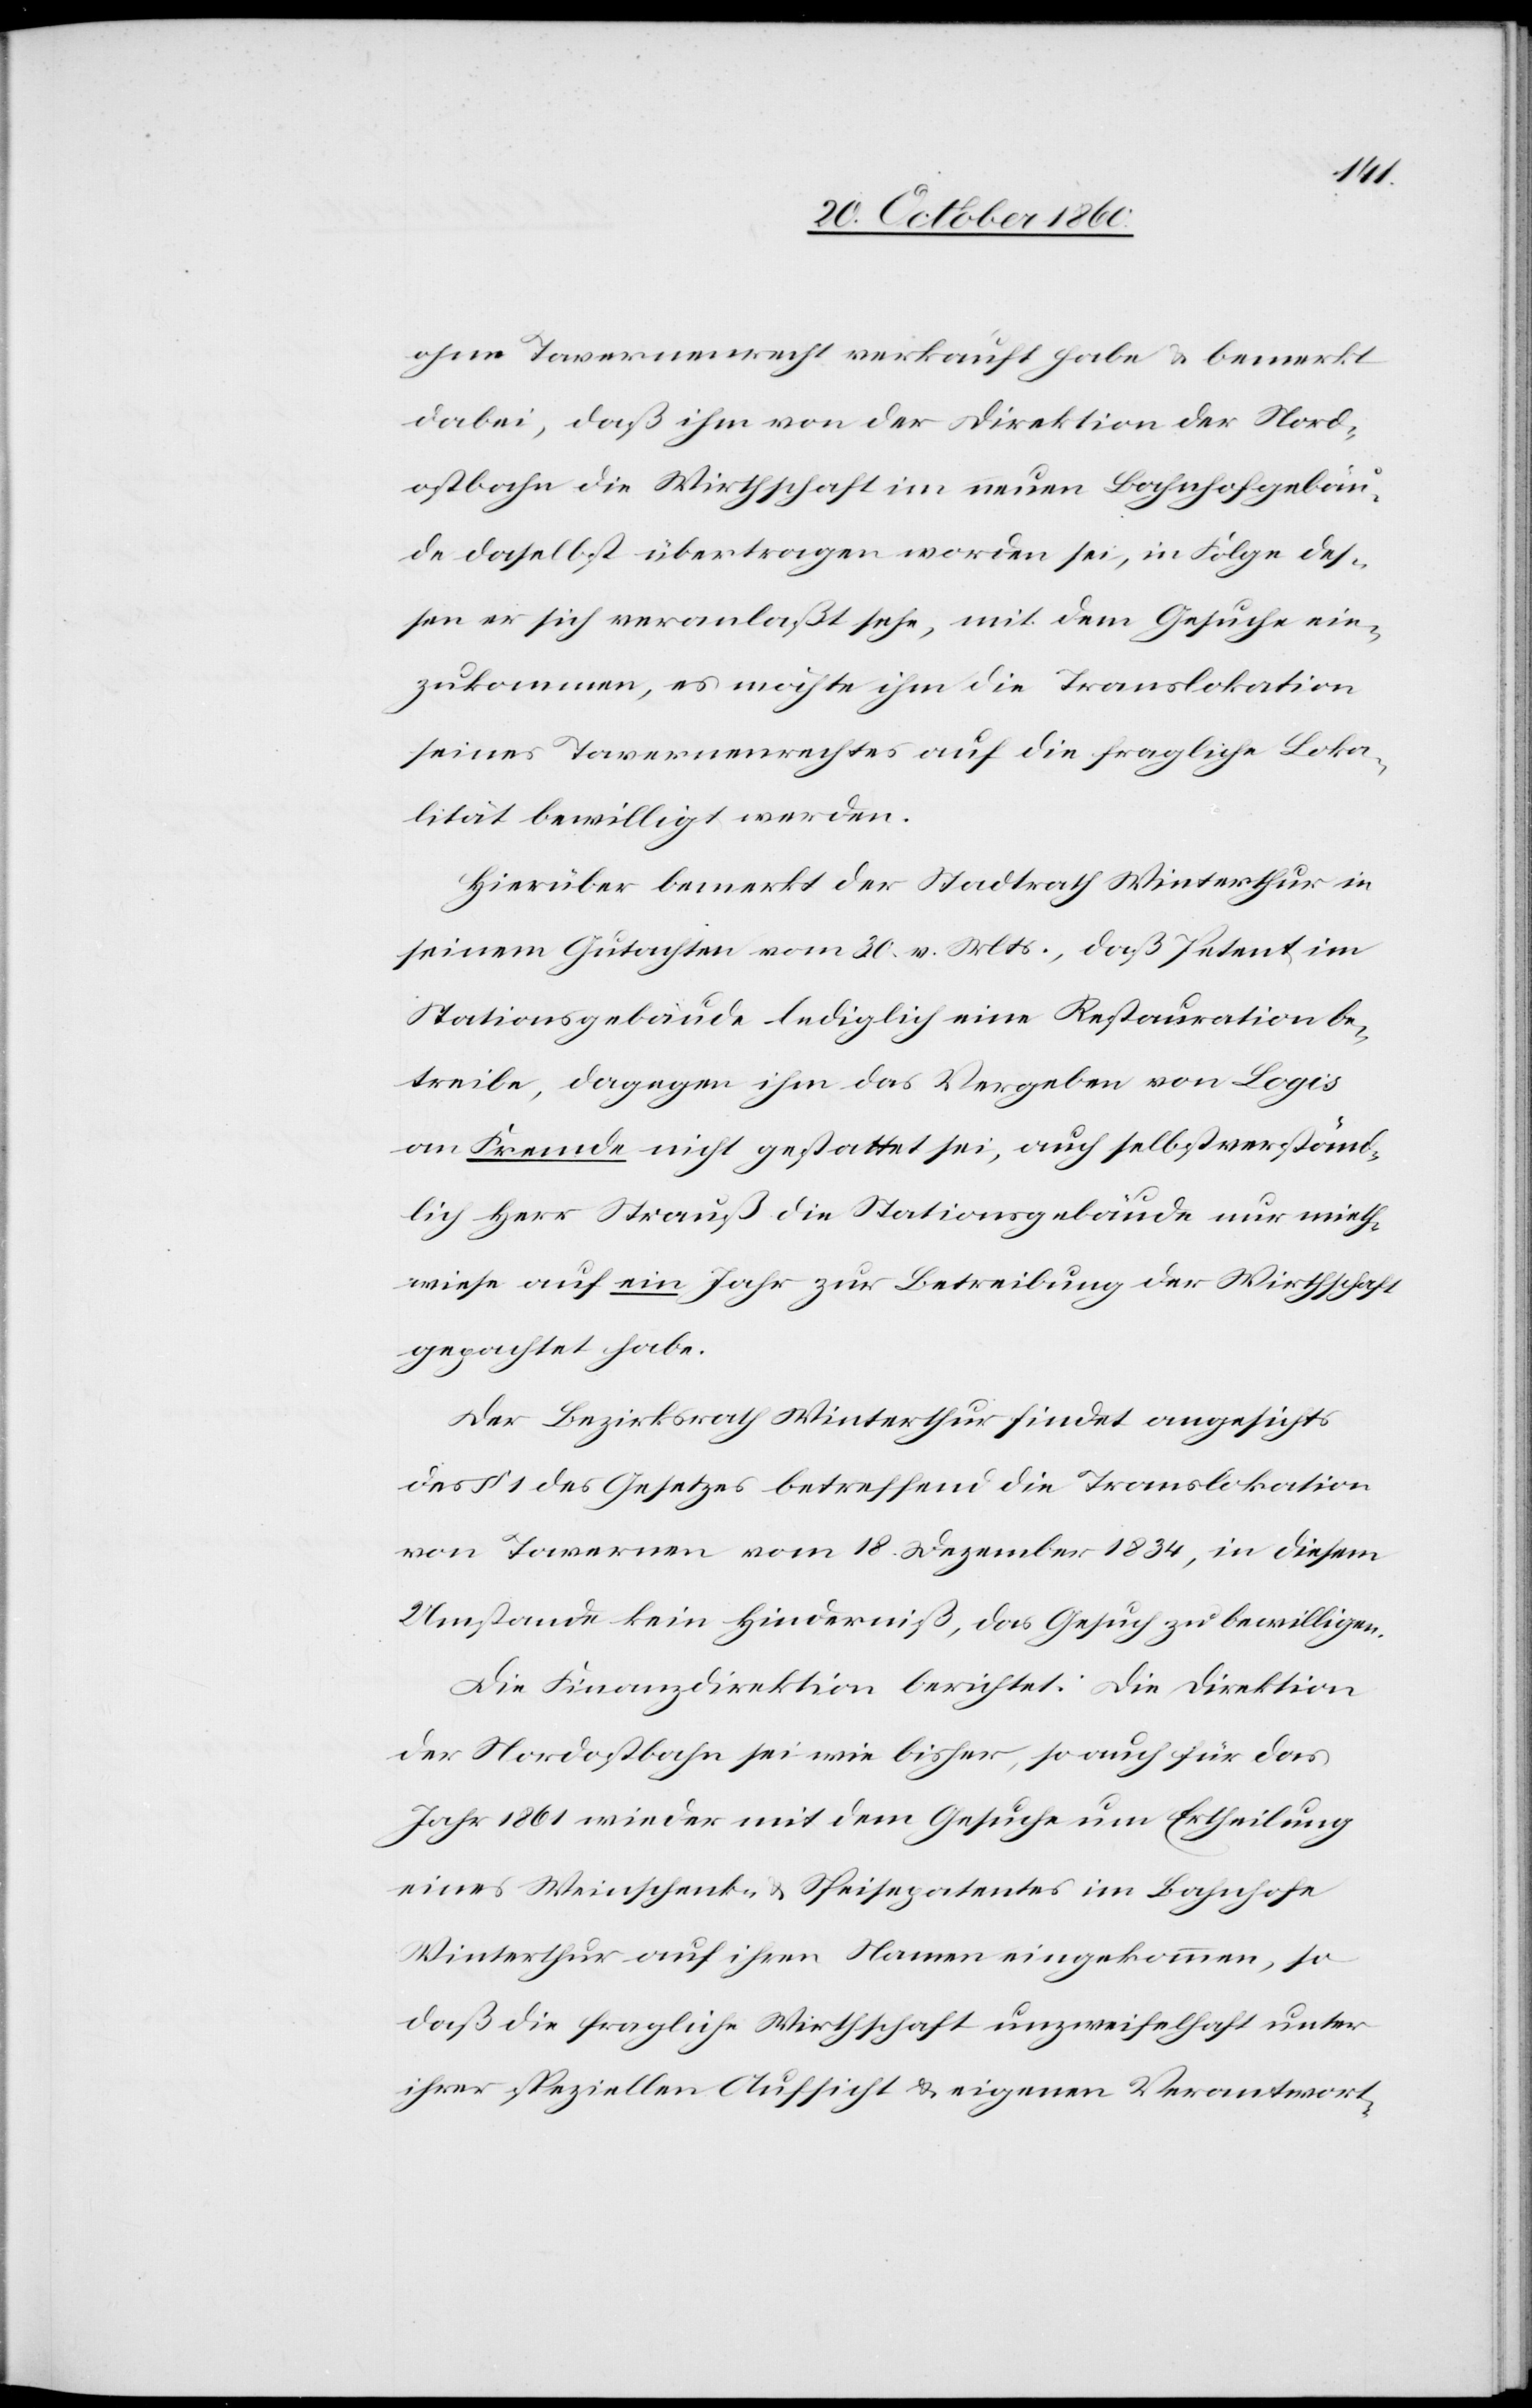
ohne Tavernenrecht verkauft habe u. bemerkt
dabei, daß ihm von der Direktion der Nord¬
ostbahn die Wirthschaft im neuen Lohnhofgebäu¬
de daselbst übertragen worden sei, in Folge des¬
sen er sich veranlaßt sehe, mit dem Gesuche ein¬
zukommen, es möchte ihm die Translokation
seines Tavernenrechtes auf die fragliche Loka¬
lität bewilligt werden.
Hierüber bemerkt der Stadtrath Winterthur in
seinem Gutachten vom 30. v. Mts., daß Petent im
Stationsgebäude lediglich eine Restauration be¬
treibe, dagegen ihm das Vergeben von Logis
an Fremde nicht gestattet sei, auch selbstverständ¬
lich Herr Strauß die Stationsgebäude nur mieth¬
weise auf ein Jahr zur Betreibung der Wirthschaft
gepachtet habe.
Der Bezirksrath Winterthur findet angesichts
des § 1 des Gesetzes betreffend die Translokation
von Tavernen vom 18. Dezember 1834, in diesem
Umstande kein Hinderniß, das Gesuch zu bewilligen.
Die Finanzdirektion berichtet: Die Direktion
der Nordostbahn sei wie bisher, so auch für das
Jahr 1861 wieder mit dem Gesuche um Ertheilung
eines Weinschenk- u. Speisepatentes im Bahnhofe
Winterthur auf ihren Namen eingekommen, so
daß die fragliche Wirthschaft unzweifelhaft unter
ihrer speziellen Aufsicht u. eigene Verantwort-